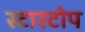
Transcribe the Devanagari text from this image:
स्टारटोप